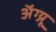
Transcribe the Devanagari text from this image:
अॅग्न्यू